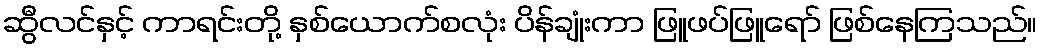
ဆွီလင်နှင့် ကာရင်းတို့ နှစ်ယောက်စလုံး ပိန်ချုံးကာ ဖြူဖပ်ဖြူရော် ဖြစ်နေကြသည်။